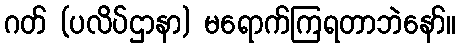
ဂတ် (ပလိပ်ဌာနာ) မရောက်ကြရတာဘဲနော်။